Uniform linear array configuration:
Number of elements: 24
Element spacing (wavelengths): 0.5
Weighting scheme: cosine
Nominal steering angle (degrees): -45
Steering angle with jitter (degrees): -44.447
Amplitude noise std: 0.05
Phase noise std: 0.05

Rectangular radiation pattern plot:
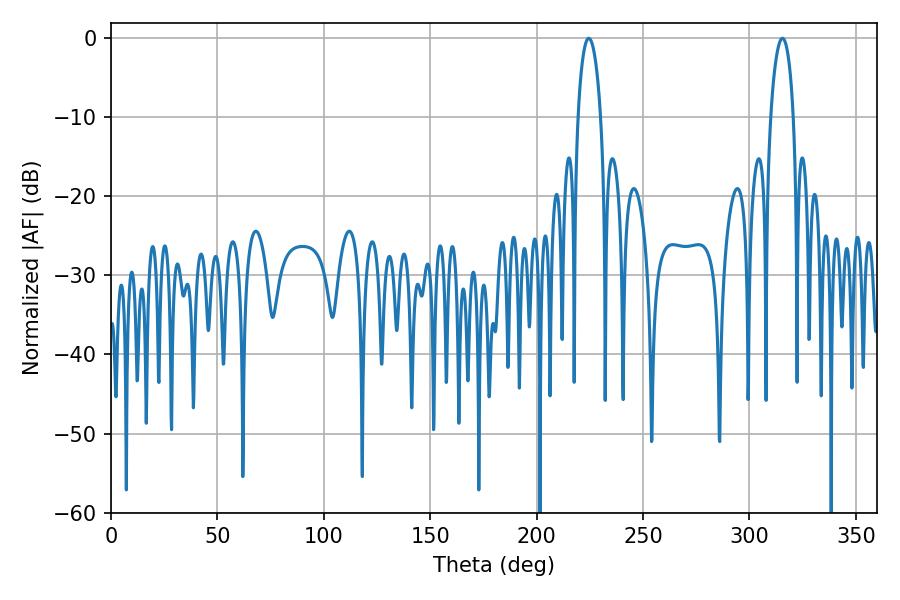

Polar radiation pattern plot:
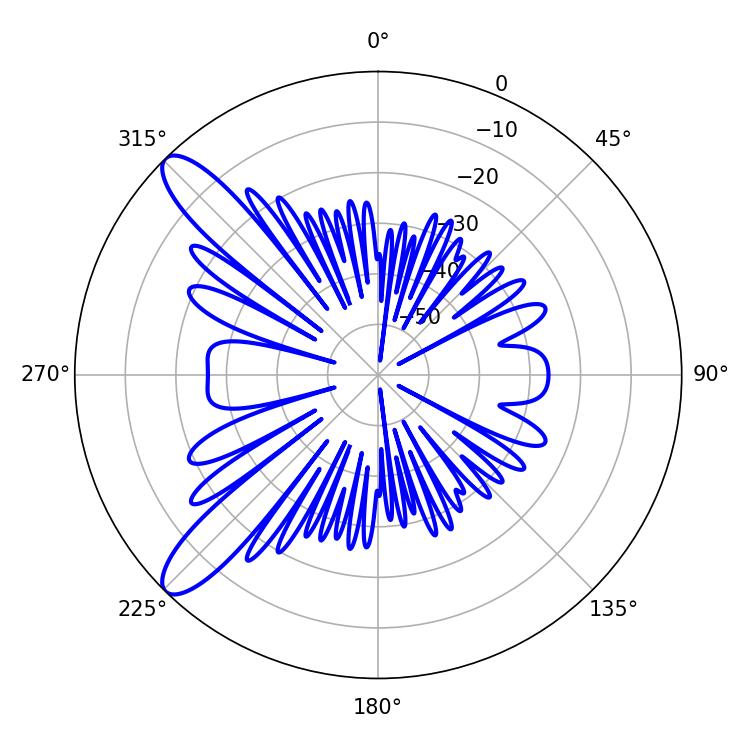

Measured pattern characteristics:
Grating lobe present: FALSE
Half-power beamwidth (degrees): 6.12
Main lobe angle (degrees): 224.46